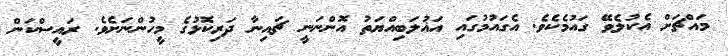
މައްޗަށް އެކުލެވޭ ގައުމެކެވެ. އެގައުމުގައި އަޣުލަބިއްޔަތު އޮންނަނީ ޗައިނާ ދަރިކޮޅުގެ މީހުންނަށެވެ. ރައީސްކަން